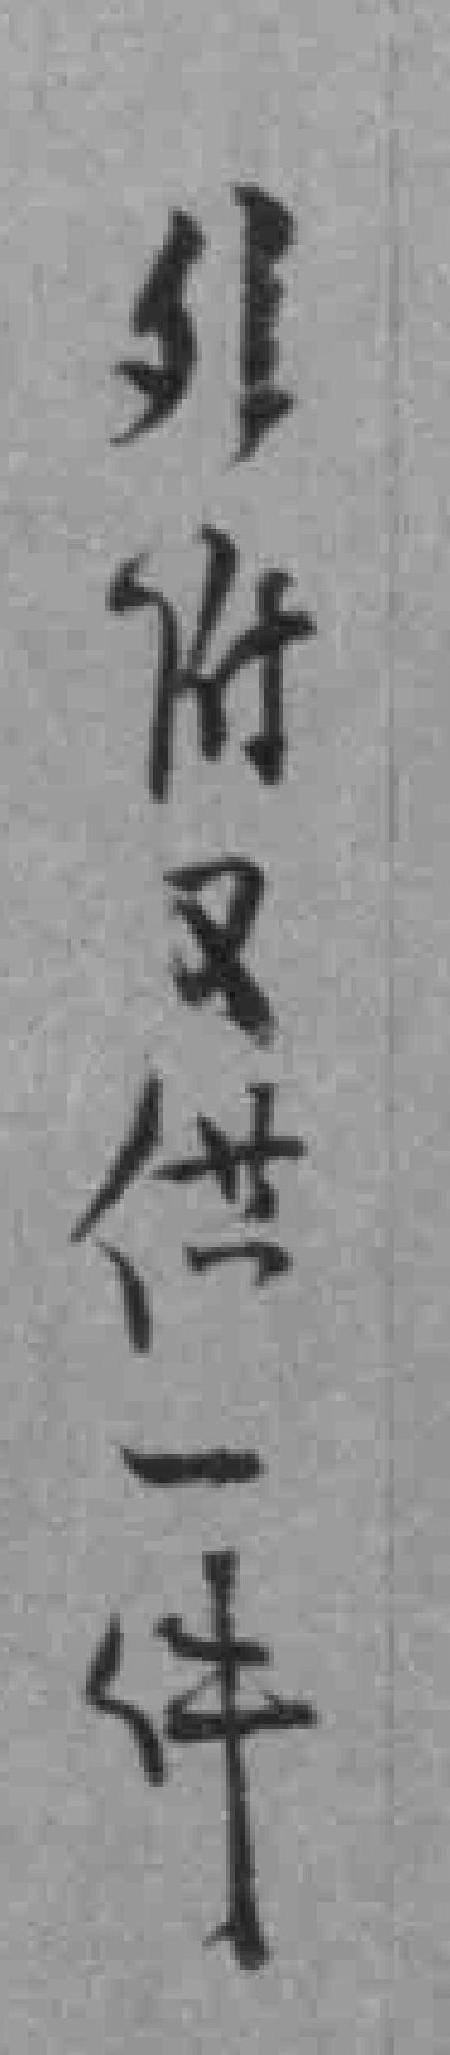
外附又供一件